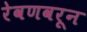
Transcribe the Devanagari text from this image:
रेवणवरून